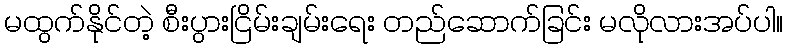
မထွက်နိုင်တဲ့ စီးပွားငြိမ်းချမ်းရေး တည်ဆောက်ခြင်း မလိုလားအပ်ပါ။